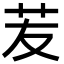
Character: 苃